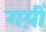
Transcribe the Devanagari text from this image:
गय़ीं